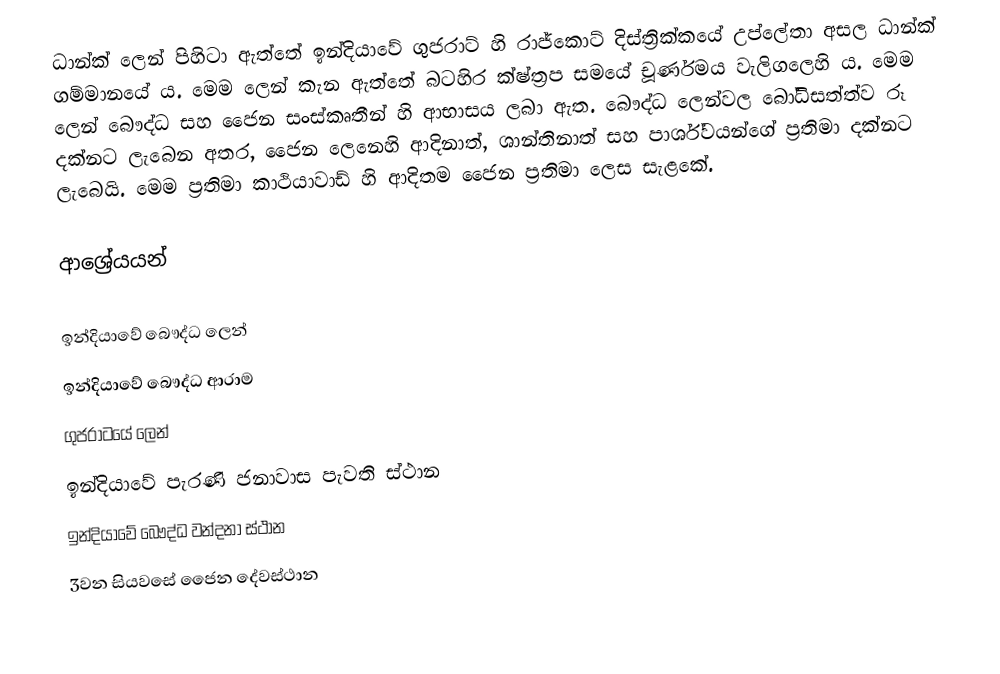
ධාන්ක් ලෙන් පිහිටා ඇත්තේ ඉන්දියාවේ ගුජරාට් හි රාජ්කොට් දිස්ත්‍රික්කයේ උප්ලේතා අසල ධාන්ක් ගම්මානයේ ය. මෙම ලෙන් කැන ඇත්තේ  බටහිර ක්ෂ්ත්‍රප සමයේ චූර්ණමය වැලිගලෙහි ය. මෙම ලෙන් බෞද්ධ සහ ජෛන සංස්කෘතීන් හි ආභාසය ලබා ඇත. බෞද්ධ ලෙන්වල බෝධිසත්ත්ව රූ දක්නට ලැබෙන අතර, ජෛන ලෙනෙහි ආදිනාත්, ශාන්තිනාත් සහ පාර්ශ්වයන්ගේ ප්‍රතිමා දක්නට ලැබෙයි. මෙම ප්‍රතිමා කාථියාවාඩ් හි ආදිතම ජෛන ප්‍රතිමා ලෙස සැළකේ.

ආශ්‍රේයයන්

ඉන්දියාවේ බෞද්ධ ලෙන්
ඉන්දියාවේ බෞද්ධ ආරාම
ගුජරාටයේ ලෙන්
ඉන්දියාවේ පැරණි ජනාවාස පැවති ස්ථාන
ඉන්දියාවේ බෞද්ධ වන්දනා ස්ථාන
3වන සියවසේ ජෛන දේවස්ථාන